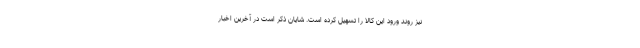
نیز روند ورود این کالا را تسهیل کرده است. شایان ذکر است در آخرین اخبار